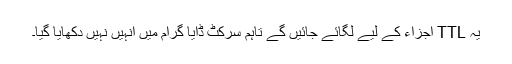
یہ TTL اجزاء کے لیے لگائے جائیں گے تاہم سرکٹ ڈایا گرام میں انہیں نہیں دکھایا گیا۔